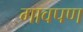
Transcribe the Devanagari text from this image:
गावपण